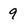
Character: 9